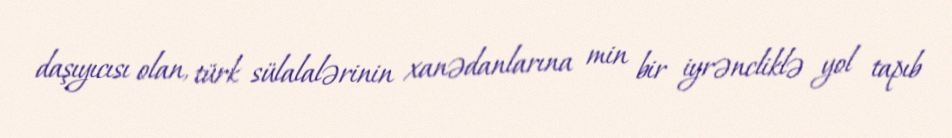
daşıyıcısı olan, türk sülalalərinin xanədanlarına min bir iyrəncliklə yol tapıb